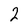
Character: 2